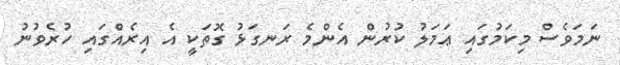
ނަމަވެސް މިކަމުގައި ޢަމަލު ކުރުން އެންމެ ރަނގަޅު ގޮތަކީ އެ އިރެއްގައި ހުރެވުނު